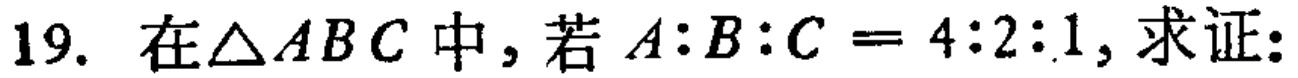
19. 在$\triangle ABC$中，若$A:B:C = 4:2:1$，求证：